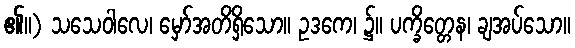
၏။) သသေဝါလေ၊ မှော်အတိရှိသော။ ဥဒကေ၊ ၌။ ပက္ခိတ္တေန၊ ချအပ်သော။